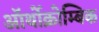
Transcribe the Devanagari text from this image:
ऑर्थोक्रोम्बिक